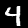
Label: 4